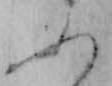
ふ